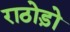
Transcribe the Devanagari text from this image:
राठोड़ो